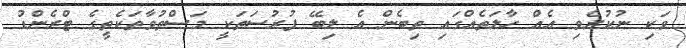
ވަކި ނުކުރެވި އެއް ހާލަތެއްގައި ތިބެން އެ ލިބޭ ފުރުސަތަކީ މަސްތުވާތަކެތީގެ ޓްރެންޑު